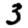
Digit: 3